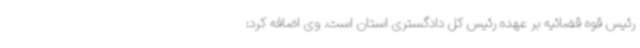
رئیس قوه قضائیه بر عهده رئیس کل دادگستری استان است. وی اضافه کرد: